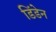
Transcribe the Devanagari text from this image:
डिंडेन